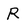
Character: R